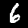
Label: 6